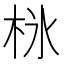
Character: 𣐚